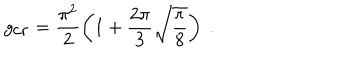
LaTeX: g _ { \mathrm { c r } } = \frac { \pi ^ { 2 } } { 2 } \left( 1 + \frac { 2 \pi } { 3 } \sqrt { \frac { r } { 8 } } \right) \ .